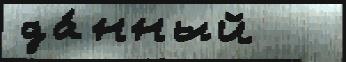
да́нный